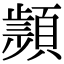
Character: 𩔤